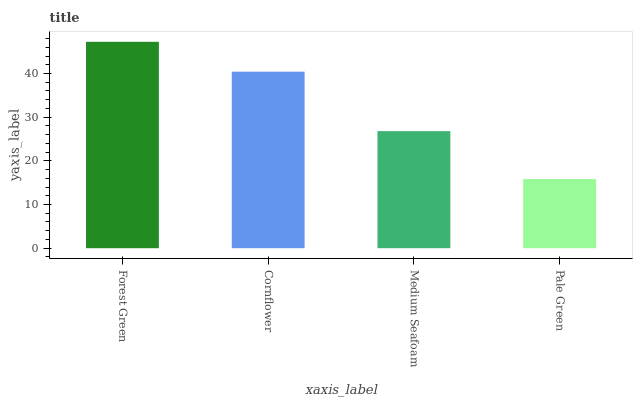
| xaxis_label | bars |
 | --- | --- |
 | Forest Green | 47.2 |
 | Cornflower | 40.4 |
 | Medium Seafoam | 26.8 |
 | Pale Green | 15.8 |